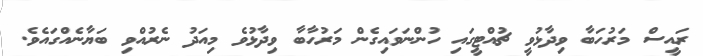
ރައީސް މަރުހަބާ ވިދާޅުވީ ޗުއްޓީގައި ހުންނަވައިގެން މަރުހާބާ ވިދާޅުވެ މިއަދު ނެރުއްވި ބަޔާނެއްގައެވެ.